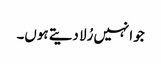
جو انہیں رُلا دیتے ہوں۔